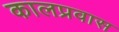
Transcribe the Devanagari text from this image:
कालप्रवास